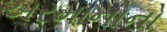
અરમાનોનો